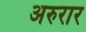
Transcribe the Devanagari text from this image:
अरुरार